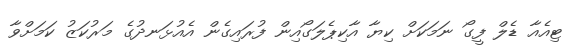
ޓިއެއާ ޑެލް ފީގޯ ނަމަކަށް ކިޔާ އާކިޕެލަގޯއިން ފުރައިގެން އެއުޅަނދުގެ މަރުކަޒު ކަމަށްވާ